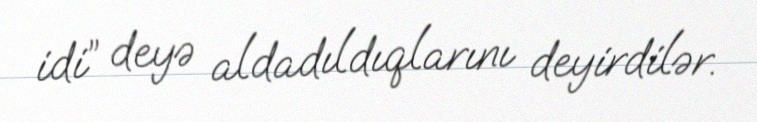
idi” deyə aldadıldıqlarını deyirdilər.